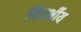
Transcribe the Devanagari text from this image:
विदर्भीय